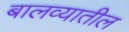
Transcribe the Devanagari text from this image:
बालव्यातील